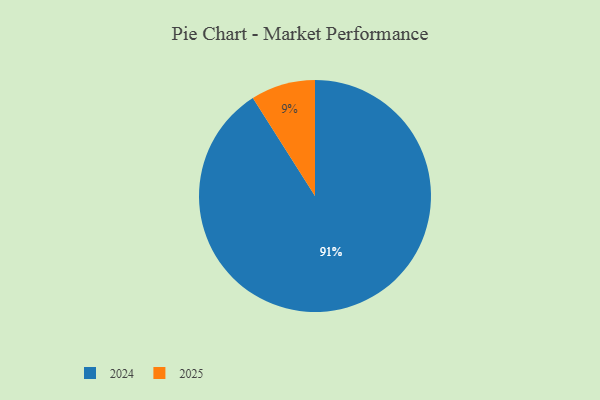
{"axis": {"x": "Category", "y": "Percentage"}, "legend": ["2024", "2025"], "data": [{"x": "2024", "y": 91, "type": "2024"}, {"x": "2025", "y": 9, "type": "2025"}]}